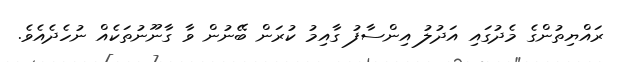
ރައްޔިތުންގެ މެދުގައި އަދުލު އިންސާފު ގާއިމު ކުރަން ބޭނުން ވާ ގާނޫނުތަކެއް ނުހެދެއެވެ.